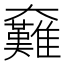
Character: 𡚟